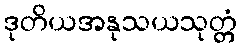
ဒုတိယအနုသယသုတ္တံ